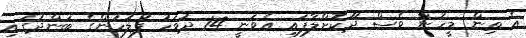
އެ ތިން މީހުން ވެސް ދޫކޮށްލާފައި އެވަނީ 14 ދުވަހު ފުލުހުންގެ ބަންދުގައި